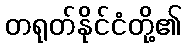
တရုတ်နိုင်ငံတို့၏